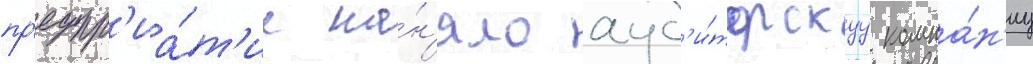
пр'едпр'иа́т'ие на́н'яло ауд'и́торскуу компа́н'иу